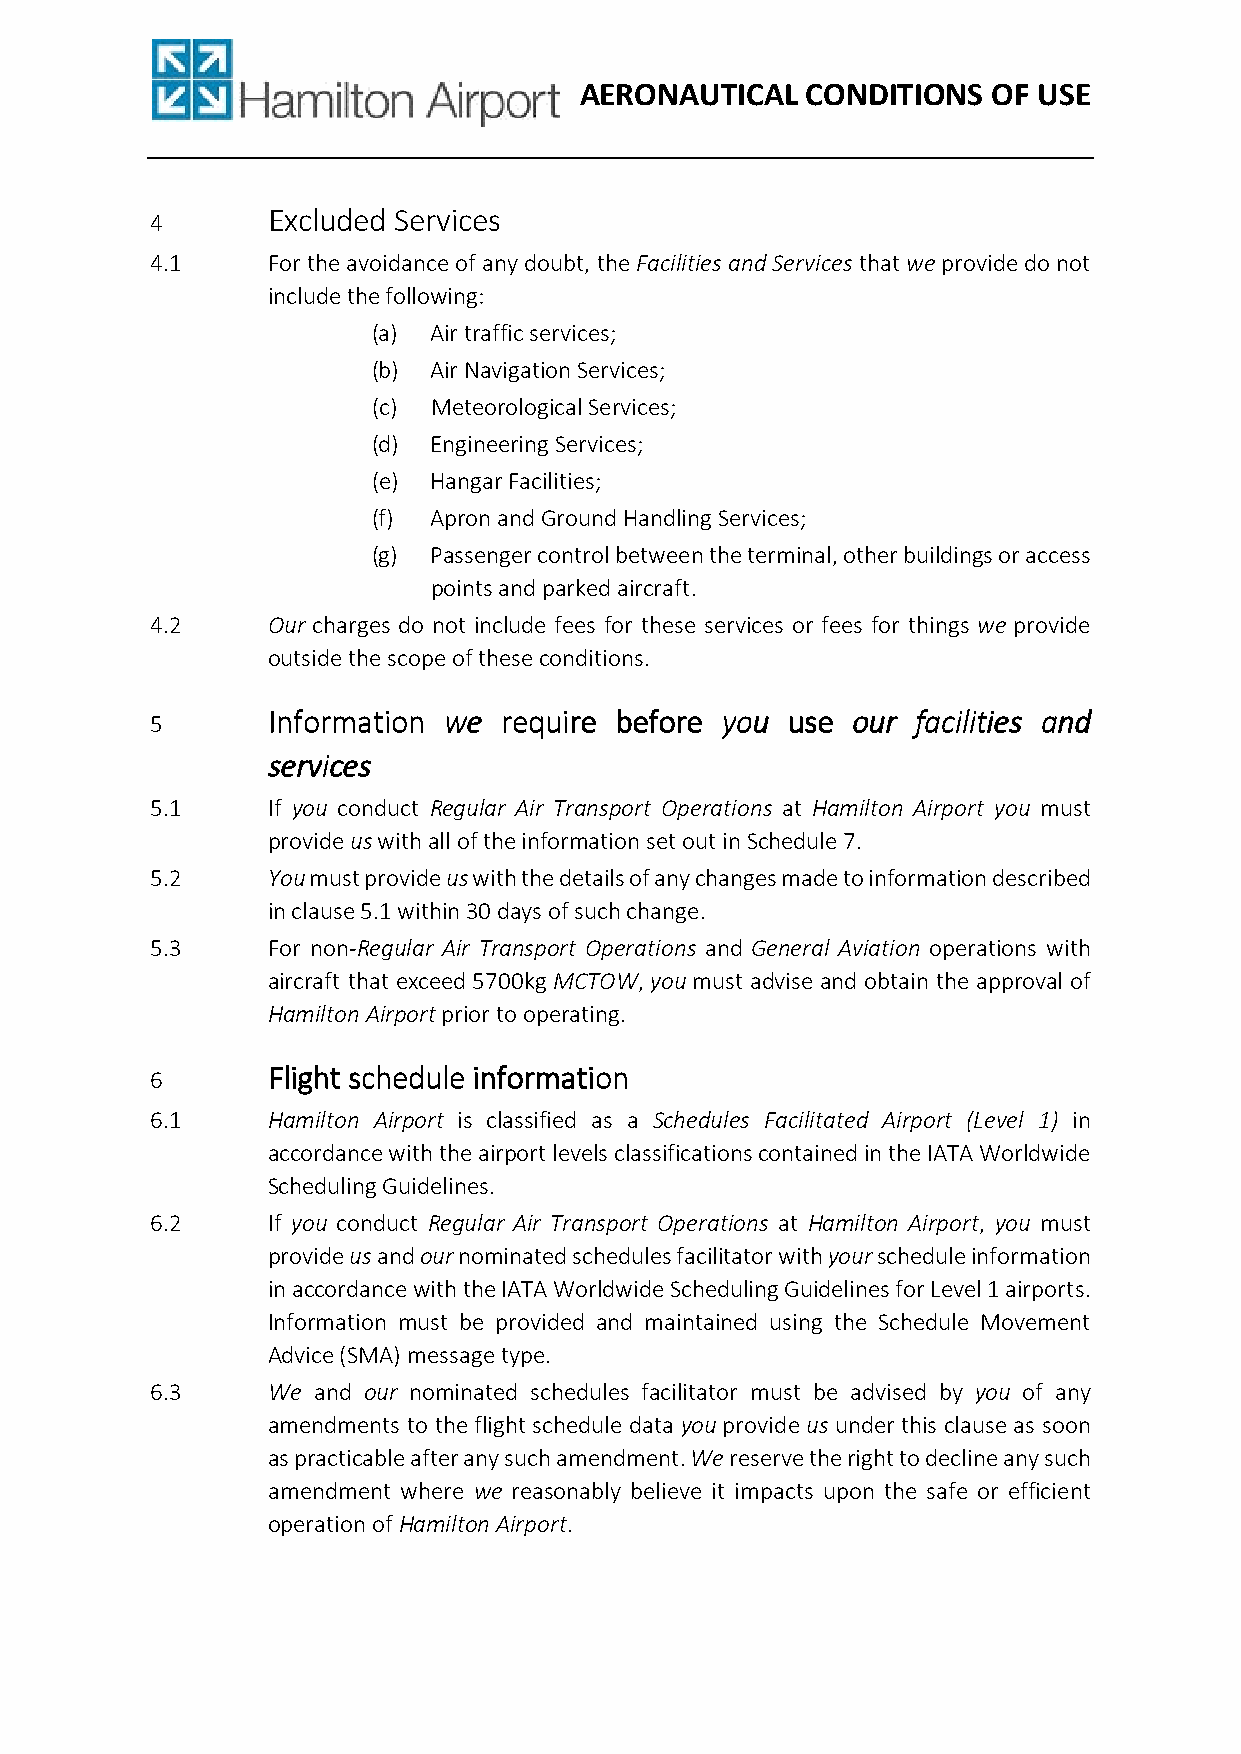
AERONAUTICAL   CONDITIONS   OF USE
 EEEExxxxcccclllluuuuddddeeeedddd SSSSeeeerrrrvvvviiiicccceeeessss
 4
 4.1     For the avoidance of any doubt, the Facilities and Services that we provide do not
 include the following:
 (a) Air traffic services;
 (b) Air Navigation Services;
 (c) Meteorological Services;
 (d) Engineering Services;
 (e) Hangar Facilities;
 (f) Apron and Ground Handling Services;
 (g) Passenger control between the terminal, other buildings or access
 points and parked aircraft.
 4.2     Our charges do not include fees for these services or fees for things we provide
 outside the scope of these conditions.
 IIIInnnnffffoooorrrrmmmmaaaattttiiiioooonnnn wwwweeee rrrreeeeqqqquuuuiiiirrrreeee bbbbeeeeffffoooorrrreeee yyyyoooouuuu uuuusssseeee oooouuuurrrr ffffaaaacccciiiilllliiiittttiiiieeeessss aaaannnndddd
 5
 sssseeeerrrrvvvviiiicccceeeessss
 5.1     If you conduct Regular Air Transport Operations at Hamilton Airport you must
 provide us with all of the information set out in Schedule 7.
 5.2     You must provide us with the details of any changes made to information described
 in clause 5.1 within 30 days of such change.
 5.3     For non-Regular Air Transport Operations and General Aviation operations with
 aircraft that exceed 5700kg MCTOW, you must advise and obtain the approval of
 Hamilton Airport prior to operating.
 FFFFlllliiiigggghhhhtttt sssscccchhhheeeedddduuuulllleeee iiiinnnnffffoooorrrrmmmmaaaattttiiiioooonnnn
 6
 6.1     Hamilton Airport is classified as a Schedules Facilitated Airport (Level 1) in
 accordance with the airport levels classifications contained in the IATA Worldwide
 Scheduling Guidelines.
 6.2     If you conduct Regular Air Transport Operations at Hamilton Airport, you must
 provide us and our nominated schedules facilitator with your schedule information
 in accordance with the IATA Worldwide Scheduling Guidelines for Level 1 airports.
 Information must be provided and maintained using the Schedule Movement
 Advice (SMA) message type.
 6.3     We and our nominated schedules facilitator must be advised by you of any
 amendments to the flight schedule data you provide us under this clause as soon
 as practicable after any such amendment. We reserve the right to decline any such
 amendment where we reasonably believe it impacts upon the safe or efficient
 operation of Hamilton Airport.